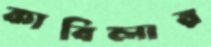
কাবিলার